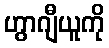
ဟွာဂျီယူကို